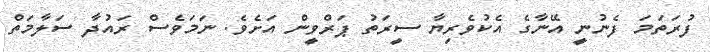
ފުރަތަމަ ފެނުނީ އޭނާގެ އެކުވެރިޔާ ސީރަތު ޕަރްވީން އަށެވެ. ނަމަވެސް ރައުދާ ސަލާމަތް